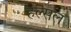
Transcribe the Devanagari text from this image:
हल्सल